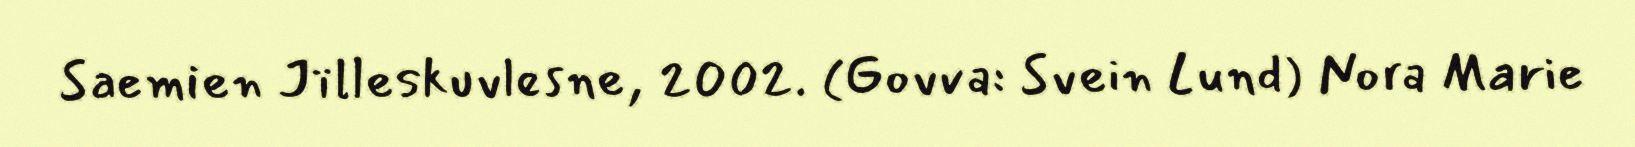
Saemien Jïlleskuvlesne, 2002. (Govva: Svein Lund) Nora Marie